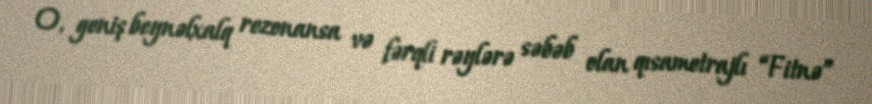
O, geniş beynəlxalq rezonansa və fərqli rəylərə səbəb olan qısametrajlı “Fitnə”